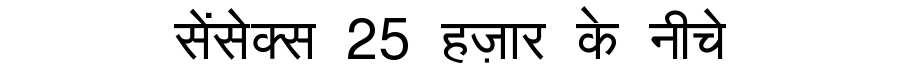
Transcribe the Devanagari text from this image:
सेंसेक्स 25 हज़ार के नीचे